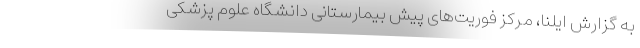
به گزارش ایلنا، مرکز فوریت‌های پیش بیمارستانی دانشگاه علوم پزشکی